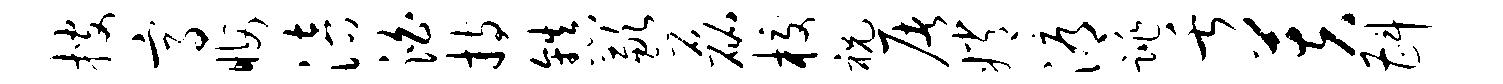
搜高晦涪泊持镇歉磊校祝屠嫦溽跳舌芙斟